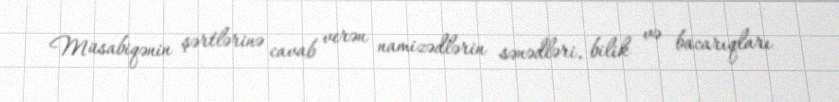
Müsabiqənin şərtlərinə cavab verən namizədlərin sənədləri, bilik və bacarıqları